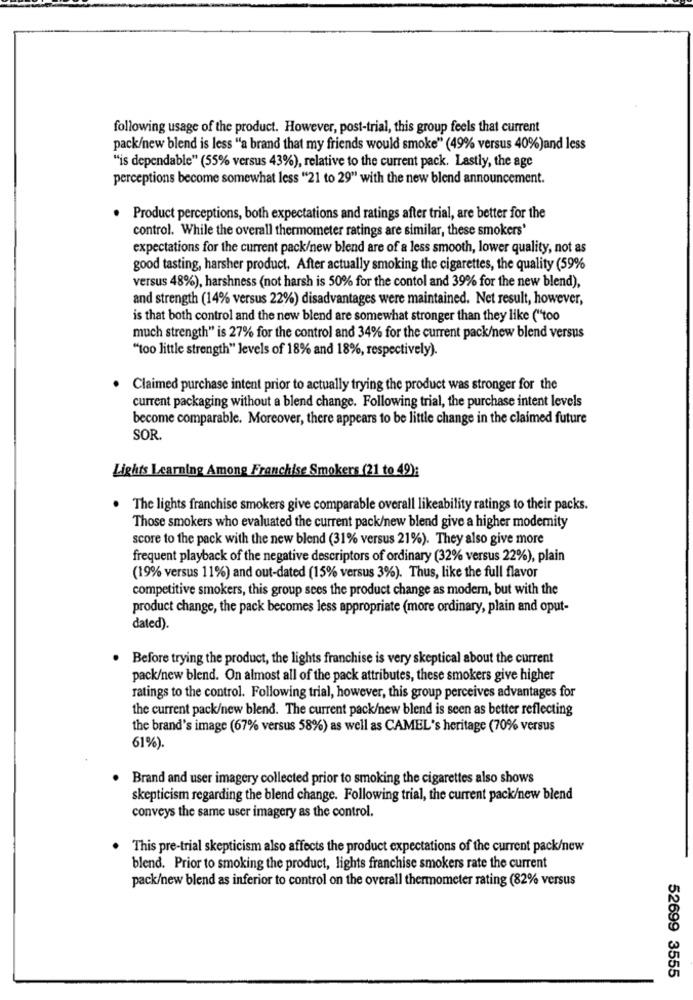
following usage of the product. However, post-trial, this group feels that current
pack/new blend is less "a brand that my friends would smoke" (49% versus 40%)and less
"is dependable" (55% versus 43%), relative to the current pack. Lastly, the age
perceptions become somewhat less "21 to 29" with the new blend announcement.
. Product perceptions, both expectations and ratings after trial, are better for the
control. While the overall thermometer ratings are similar, these smokers'
expectations for the current pack/new blend are of a less smooth, lower quality, not as
good tasting, harsher product. After actually smoking the cigarettes, the quality (59%
versus 48%), harshness (not harsh is 50% for the contol and 39% for the new blend),
and strength (14% versus 22%) disadvantages were maintained. Net result, however,
is that both control and the new blend are somewhat stronger than they like ("too
much strength" is 27% for the control and 34% for the current pack/new blend versus
"too little strength" levels of 18% and 18%, respectively).
Claimed purchase intent prior to actually trying the product was stronger for the
current packaging without a blend change. Following trial, the purchase intent levels
become comparable. Moreover, there appears to be little change in the claimed future
SOR.
Lights Learning Among Franchise Smokers (21 to 49):
The lights franchise smokers give comparable overall likeability ratings to their packs.
Those smokers who evaluated the current pack/new blend give a higher modernity
score to the pack with the new blend (31% versus 21%). They also give more
frequent playback of the negative descriptors of ordinary (32% versus 22%), plain
(19% versus 11%) and out-dated (15% versus 3%). Thus, like the full flavor
competitive smokers, this group sees the product change as modern, but with the
product change, the pack becomes less appropriate (more ordinary, plain and oput-
dated).
Before trying the product, the lights franchise is very skeptical about the current
pack/new blend. On almost all of the pack attributes, these smokers give higher
ratings to the control. Following trial, however, this group perceives advantages for
the current pack/new blend. The current pack/new blend is seen as better reflecting
the brand's image (67% versus 58%) as well as CAMEL's heritage (70% versus
61%).
Brand and user imagery collected prior to smoking the cigarettes also shows
skepticism regarding the blend change. Following trial, the current pack/new blend
conveys the same user imagery as the control.
This pre-trial skepticism also affects the product expectations of the current pack/new
blend. Prior to smoking the product, lights franchise smokers rate the current
pack/new blend as inferior to control on the overall thermometer rating (82% versus
52699 3555